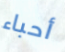
أحباء